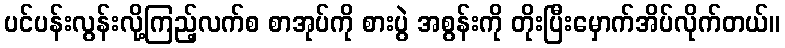
ပင်ပန်းလွန်းလို့ကြည့်လက်စ စာအုပ်ကို စားပွဲ အစွန်းကို တိုးပြီးမှောက်အိပ်လိုက်တယ်။